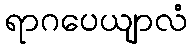
ရာဂပေယျာလံ